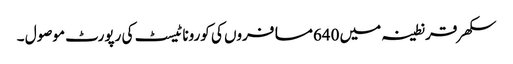
سکھر قرنطینہ میں 640مسافروں کی کورونا ٹیسٹ کی رپورٹ موصول ۔